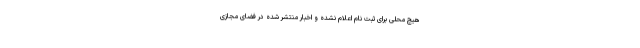
هیچ محلی برای ثبت نام اعلام نشده و اخبار منتشر شده در فضای مجازی